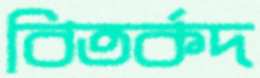
বিতর্কদ